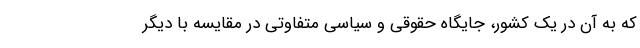
که به آن در یک کشور، جایگاه حقوقی و سیاسی متفاوتی در مقایسه با دیگر